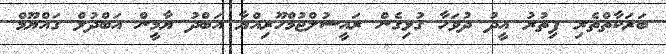
ބަރަކާތްތެރި ފިތުރު އީދު ދުވަހާ ގުޅިގެން ރައީސުލްޖުމްހޫރިއްޔާ އަބްދު ޔާމީން އަބްދުލް ގައްޔޫމް